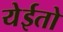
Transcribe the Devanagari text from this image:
येईतो